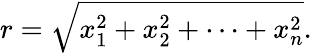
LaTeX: r={\sqrt{x_{1}^{2}+x_{2}^{2}+\cdots+x_{n}^{2}}}.